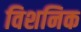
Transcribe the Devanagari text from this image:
विशनिक